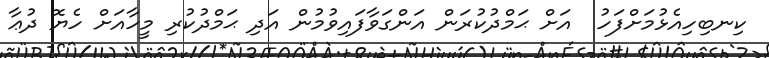
ކިނބިހިއެޅުމަށްފަހު  އަށް ޙަމްދުކުރަން އަންގަވާފައިވުމުން އަދި ޙަމްދުކުރި މީހާއަށް ހެޔޮ ދުޢާ